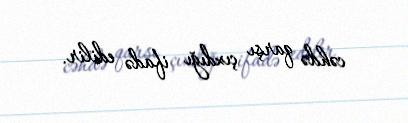
cəhdə qarşı çıxdığı ifadə edilir.